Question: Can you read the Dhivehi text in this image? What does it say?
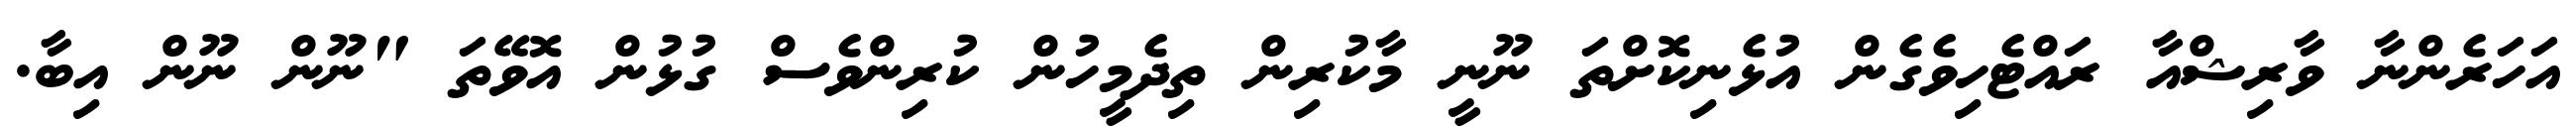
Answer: އަހަރެންނާ ވާރިޝްއާ ރައްޓެހިވެގެން އުޅެނިކޮށްތަ ނޫނީ މާކުރިން ތިދެމީހުން ކުރިންވެސް ގުޅުން އޮވޭތަ "ނޫން ނޫން އިބާ.